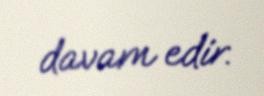
davam edir.